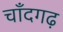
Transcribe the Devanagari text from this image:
चाँदगढ़